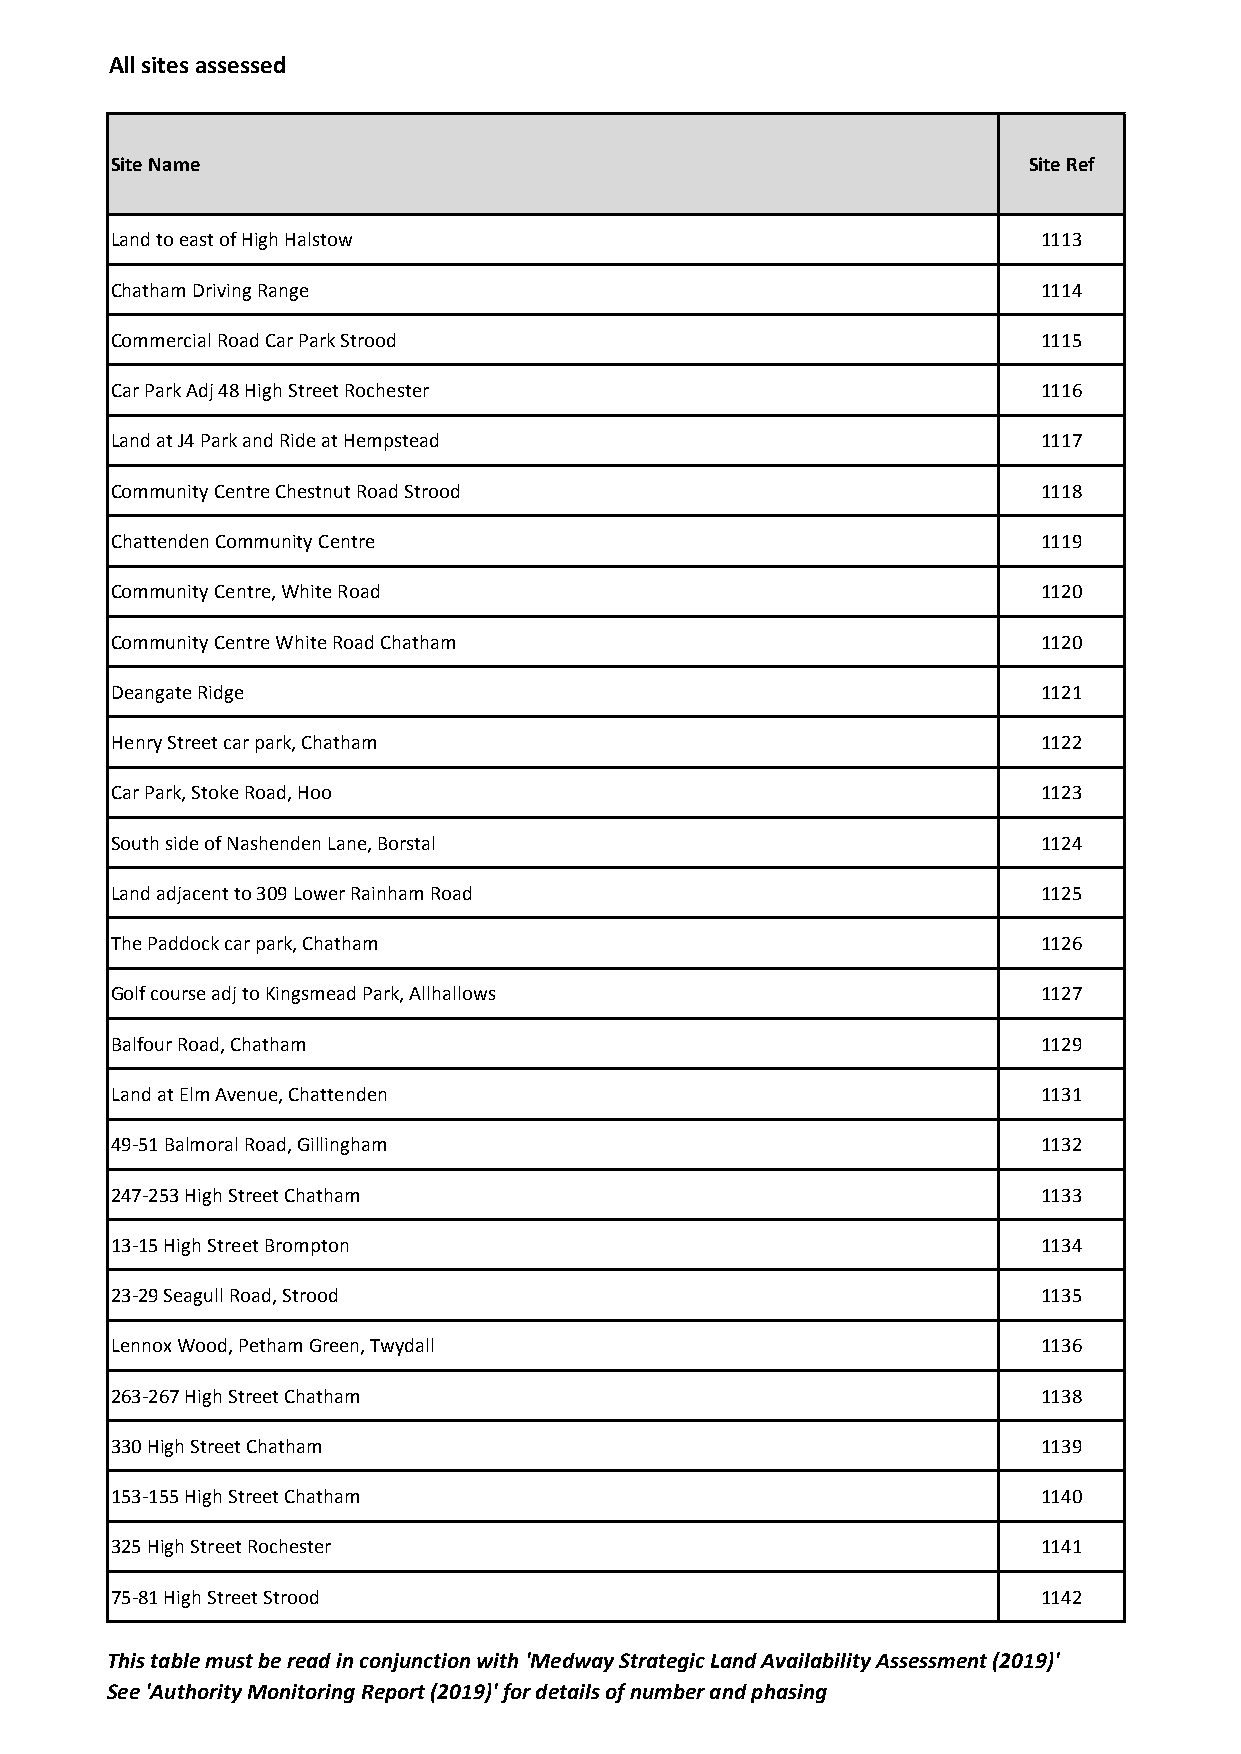
All sites assessed
 Site Name                                                    Site Ref
 Land to east of High Halstow                                  1113
 Chatham Driving Range                                         1114
 Commercial Road Car Park Strood                               1115
 Car Park Adj 48 High Street Rochester                         1116
 Land at J4 Park and Ride at Hempstead                         1117
 Community Centre Chestnut Road Strood                         1118
 Chattenden Community Centre                                   1119
 Community Centre, White Road                                  1120
 Community Centre White Road Chatham                           1120
 Deangate Ridge                                                1121
 Henry Street car park, Chatham                                1122
 Car Park, Stoke Road, Hoo                                     1123
 South side of Nashenden Lane, Borstal                         1124
 Land adjacent to 309 Lower Rainham Road                       1125
 The Paddock car park, Chatham                                 1126
 Golf course adj to Kingsmead Park, Allhallows                 1127
 Balfour Road, Chatham                                         1129
 Land at Elm Avenue, Chattenden                                1131
 49-51 Balmoral Road, Gillingham                               1132
 247-253 High Street Chatham                                   1133
 13-15 High Street Brompton                                    1134
 23-29 Seagull Road, Strood                                    1135
 Lennox Wood, Petham Green, Twydall                            1136
 263-267 High Street Chatham                                   1138
 330 High Street Chatham                                       1139
 153-155 High Street Chatham                                   1140
 325 High Street Rochester                                     1141
 75-81 High Street Strood                                      1142
 This table must be read in conjunction with 'Medway Strategic Land Availability Assessment (2019)'
 See 'Authority Monitoring Report (2019)' for details of number and phasing